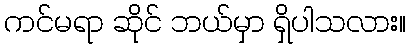
ကင်မရာ ဆိုင် ဘယ်မှာ ရှိပါသလား။